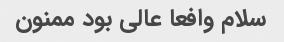
سلام وافعا عالی بود ممنون